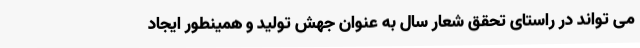
می تواند در راستای تحقق شعار سال به عنوان جهش تولید و همینطور ایجاد